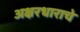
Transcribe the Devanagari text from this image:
अक्षरधाराचे